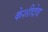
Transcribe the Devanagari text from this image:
केशीदेव